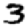
Digit: 3